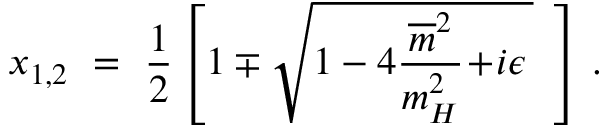
x _ { 1 , 2 } \ = \ \frac { 1 } { 2 } \left[ 1 \mp \sqrt { 1 - 4 \frac { \overline { { { m } } } ^ { 2 } } { m _ { H } ^ { 2 } } \! + \! i \epsilon \, } \ \, \right] \, .